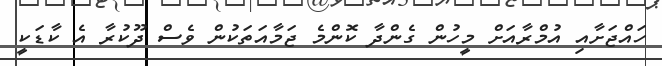
ހައްޖަށާއި އުމްރާއަށް މީހުން ގެންދާ ކޮންމެ ޖަމާއަތަކުން ވެސް ދޫކުރާ އެ ކާޑަކީ